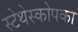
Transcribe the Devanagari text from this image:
स्टेथेस्कोपका